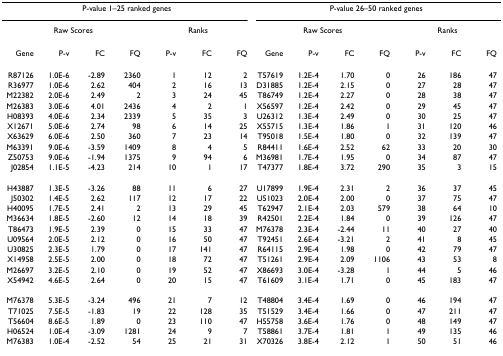
<table><thead><tr><td colspan="7"><b>P-value 1–25 ranked genes</b></td><td colspan="7"><b>P-value 26–50 ranked genes</b></td></tr><tr><td colspan="4"><b>Raw Scores</b></td><td colspan="3"><b>Ranks</b></td><td colspan="4"><b>Raw Scores</b></td><td colspan="3"><b>Ranks</b></td></tr><tr><td><b>Gene</b></td><td><b>P-v</b></td><td><b>FC</b></td><td><b>FQ</b></td><td><b>P-v</b></td><td><b>FC</b></td><td><b>FQ</b></td><td><b>Gene</b></td><td><b>P-v</b></td><td><b>FC</b></td><td><b>FQ</b></td><td><b>P-v</b></td><td><b>FC</b></td><td><b>FQ</b></td></tr></thead><tbody><tr><td>R87126</td><td>1.0E-6</td><td>-2.89</td><td>2360</td><td>1</td><td>12</td><td>2</td><td>T57619</td><td>1.2E-4</td><td>1.70</td><td>0</td><td>26</td><td>186</td><td>47</td></tr><tr><td>R36977</td><td>1.0E-6</td><td>2.62</td><td>404</td><td>2</td><td>16</td><td>13</td><td>D31885</td><td>1.2E-4</td><td>2.15</td><td>0</td><td>27</td><td>28</td><td>47</td></tr><tr><td>M22382</td><td>2.0E-6</td><td>2.49</td><td>2</td><td>3</td><td>24</td><td>45</td><td>T86749</td><td>1.2E-4</td><td>2.27</td><td>0</td><td>28</td><td>38</td><td>47</td></tr><tr><td>M26383</td><td>3.0E-6</td><td>4.01</td><td>2436</td><td>4</td><td>2</td><td>1</td><td>X56597</td><td>1.2E-4</td><td>2.42</td><td>0</td><td>29</td><td>45</td><td>47</td></tr><tr><td>H08393</td><td>4.0E-6</td><td>2.34</td><td>2339</td><td>5</td><td>35</td><td>3</td><td>U26312</td><td>1.3E-4</td><td>2.49</td><td>0</td><td>30</td><td>25</td><td>47</td></tr><tr><td>X12671</td><td>5.0E-6</td><td>2.74</td><td>98</td><td>6</td><td>14</td><td>25</td><td>X55715</td><td>1.3E-4</td><td>1.86</td><td>1</td><td>31</td><td>120</td><td>46</td></tr><tr><td>X63629</td><td>6.0E-6</td><td>2.50</td><td>360</td><td>7</td><td>23</td><td>14</td><td>T95018</td><td>1.5E-4</td><td>1.80</td><td>0</td><td>32</td><td>139</td><td>47</td></tr><tr><td>M63391</td><td>9.0E-6</td><td>-3.59</td><td>1409</td><td>8</td><td>4</td><td>5</td><td>R84411</td><td>1.6E-4</td><td>2.52</td><td>62</td><td>33</td><td>20</td><td>30</td></tr><tr><td>Z50753</td><td>9.0E-6</td><td>-1.94</td><td>1375</td><td>9</td><td>94</td><td>6</td><td>M36981</td><td>1.7E-4</td><td>1.95</td><td>0</td><td>34</td><td>87</td><td>47</td></tr><tr><td>J02854</td><td>1.1E-5</td><td>-4.23</td><td>214</td><td>10</td><td>1</td><td>17</td><td>T47377</td><td>1.8E-4</td><td>3.72</td><td>290</td><td>35</td><td>3</td><td>15</td></tr><tr><td>H43887</td><td>1.3E-5</td><td>-3.26</td><td>88</td><td>11</td><td>6</td><td>27</td><td>U17899</td><td>1.9E-4</td><td>2.31</td><td>2</td><td>36</td><td>37</td><td>45</td></tr><tr><td>J50302</td><td>1.4E-5</td><td>2.62</td><td>117</td><td>12</td><td>17</td><td>22</td><td>U51023</td><td>2.0E-4</td><td>2.00</td><td>0</td><td>37</td><td>75</td><td>47</td></tr><tr><td>H40095</td><td>1.7E-5</td><td>2.41</td><td>2</td><td>13</td><td>29</td><td>45</td><td>T62947</td><td>2.1E-4</td><td>2.03</td><td>579</td><td>38</td><td>64</td><td>10</td></tr><tr><td>M36634</td><td>1.8E-5</td><td>-2.60</td><td>12</td><td>14</td><td>18</td><td>39</td><td>R42501</td><td>2.2E-4</td><td>1.84</td><td>0</td><td>39</td><td>126</td><td>47</td></tr><tr><td>T86473</td><td>1.9E-5</td><td>2.39</td><td>0</td><td>15</td><td>33</td><td>47</td><td>M76378</td><td>2.3E-4</td><td>-2.44</td><td>11</td><td>40</td><td>27</td><td>40</td></tr><tr><td>U09564</td><td>2.0E-5</td><td>2.12</td><td>0</td><td>16</td><td>50</td><td>47</td><td>T92451</td><td>2.6E-4</td><td>-3.21</td><td>2</td><td>41</td><td>8</td><td>45</td></tr><tr><td>U30825</td><td>2.3E-5</td><td>1.79</td><td>0</td><td>17</td><td>141</td><td>47</td><td>R64115</td><td>2.9E-4</td><td>1.98</td><td>0</td><td>42</td><td>79</td><td>47</td></tr><tr><td>X14958</td><td>2.5E-5</td><td>2.00</td><td>0</td><td>18</td><td>72</td><td>47</td><td>T51261</td><td>2.9E-4</td><td>2.09</td><td>1106</td><td>43</td><td>53</td><td>8</td></tr><tr><td>M26697</td><td>3.2E-5</td><td>2.10</td><td>0</td><td>19</td><td>52</td><td>47</td><td>X86693</td><td>3.0E-4</td><td>-3.28</td><td>1</td><td>44</td><td>5</td><td>46</td></tr><tr><td>X54942</td><td>4.6E-5</td><td>2.64</td><td>0</td><td>20</td><td>15</td><td>47</td><td>T61609</td><td>3.1E-4</td><td>1.71</td><td>0</td><td>45</td><td>183</td><td>47</td></tr><tr><td>M76378</td><td>5.3E-5</td><td>-3.24</td><td>496</td><td>21</td><td>7</td><td>12</td><td>T48804</td><td>3.4E-4</td><td>1.69</td><td>0</td><td>46</td><td>194</td><td>47</td></tr><tr><td>T71025</td><td>7.5E-5</td><td>-1.83</td><td>19</td><td>22</td><td>128</td><td>35</td><td>T51529</td><td>3.4E-4</td><td>1.66</td><td>0</td><td>47</td><td>211</td><td>47</td></tr><tr><td>T56604</td><td>8.6E-5</td><td>1.89</td><td>0</td><td>23</td><td>110</td><td>47</td><td>H55758</td><td>3.6E-4</td><td>1.76</td><td>0</td><td>48</td><td>149</td><td>47</td></tr><tr><td>H06524</td><td>1.0E-4</td><td>-3.09</td><td>1281</td><td>24</td><td>9</td><td>7</td><td>T58861</td><td>3.7E-4</td><td>1.81</td><td>1</td><td>49</td><td>135</td><td>46</td></tr><tr><td>M76383</td><td>1.0E-4</td><td>-2.52</td><td>54</td><td>25</td><td>21</td><td>31</td><td>X70326</td><td>3.8E-4</td><td>2.12</td><td>1</td><td>50</td><td>51</td><td>46</td></tr></tbody></table>